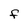
Character: f